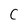
Character: C